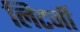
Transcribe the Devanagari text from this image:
लिटर्जी